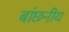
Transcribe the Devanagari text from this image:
बांछनीय